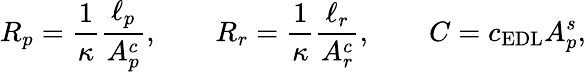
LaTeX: R_{p}=\frac{1}{\kappa}\frac{\ell_{p}}{A_{p}^{c}},\qquad R_{r}=\frac{1}{\kappa}\frac{\ell_{r}}{A_{r}^{c}},\qquad C=c_{\mathrm{EDL}}A_{p}^{s},